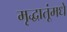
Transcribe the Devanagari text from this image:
मृद्धातूंमधे